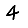
Digit: 4